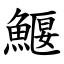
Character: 鰋